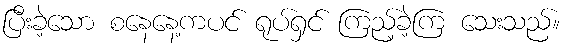
ပြီးခဲ့သော စနေနေ့ကပင် ရုပ်ရှင် ကြည့်ခဲ့ကြ သေးသည်။